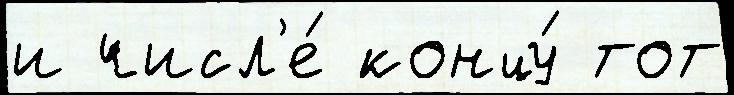
и числ'е́ концу́ тот